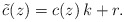
\begin{align*} \tilde{c}(z) = c(z)\,k+r.\end{align*}